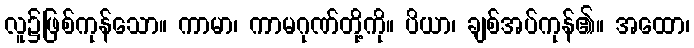
လူ၌ဖြစ်ကုန်သော။ ကာမာ၊ ကာမဂုဏ်တို့ကို။ ပိယာ၊ ချစ်အပ်ကုန်၏။ အထော၊